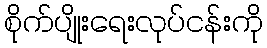
စိုက်ပျိုးရေးလုပ်ငန်းကို